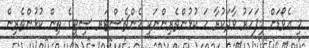
މި އެވޯޑަށް މިފަހަރު ވާދަކުރާ ހަ ކުޅުންތެރިންނަކީ މެންޗެސްޓަރ ސިޓީގެ ތިން ކުޅުންތެރިން